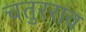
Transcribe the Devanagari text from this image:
चतुरराव